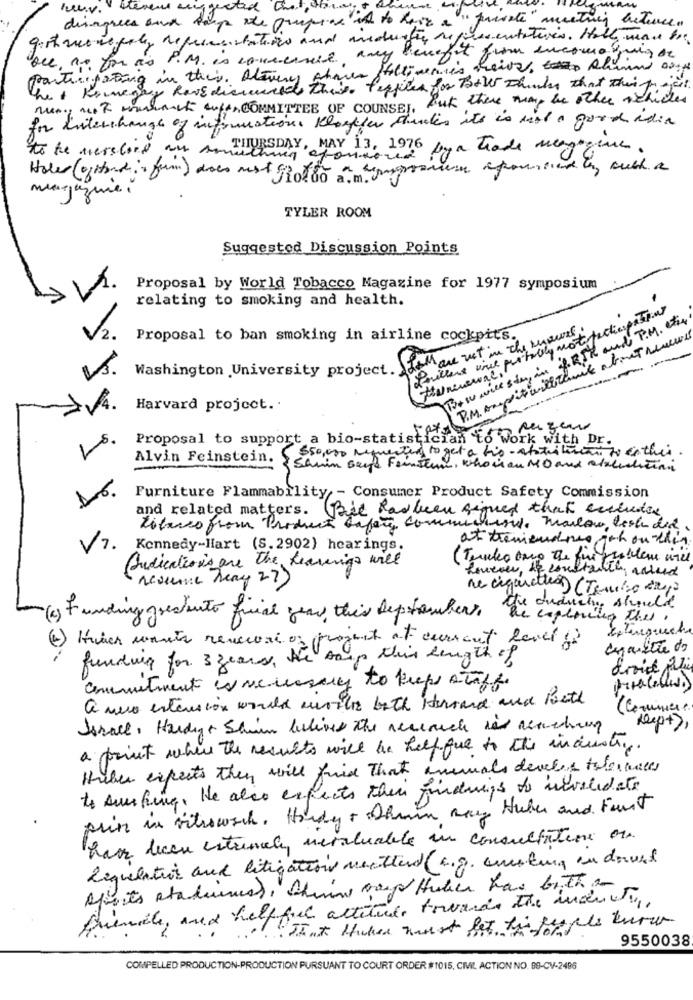
hun.v.
stevens suggested that
disagrees and tap the propias in to have a" private"meeting between
getmoregely refermentations and anderen representatives. Halte mau be
see, no for as P.M. is concerned any benefit
participating in their. Atevery chave ffeltiveres theive,aliand one
The + Keinegay Reve discussed these fezfiles for Both Phile that Theright
mung not muchach aufen COMMITTEE OF COUNSEL, But there may be other schicken
for hislerchange of informations Kloster chucks its to mat a good adia
to the verslord our something storia we by a code magazine
Holer (gitardis frm) does mest fjol do a.m.
magazine,
TYLER ROOM
Suggested Discussion Points
Proposal by World Tobacco Magazine for 1977 symposium
relating to smoking and health.
Paulles inde pustily not participatein
B+w wice sin, in f. RIK and P. M. the
are not in the myours .
2.
Proposal to ban smoking in airline cockpits.
P.M. Andit willitamit a boxet neneue
Vs.
Washington University project.)
IVA.
Harvard project ..
Proposal to support a bio-statisticiat
to work with Dr.
(350,000 requested to get a bis- atotritiri to enthes.
Alvin Feinstein.
Schuin seif Feinsten, whom au MO and alalishition
10
Furniture Flammability ,- Consumer Product Safety Commission
and related matters. Paid hasbeen signed that enciudad
Literes from Product Safety commichend. Marlow tech did.
V2.
Kennedy-Hart (S. 2902) hearings.
( Turecko ono the für publem ure
Predicatio is are the Learning will
Loveour, 10 constant
reserve May 27)
ne cigarettes (Tenho days
funding grestuto final year, this september .
Be exploring thes .
Hier wants renecori os project at current level !?
funding for 3 years, he say this length of
droid Bli
Commitment increasery to keeps staff.
a new extension would woihr both Herrand ared Path
( Conniere
Israce, Hardigt Shin belives the receauch his acceding
keep+>,
a point where the results will be helpful to the industry.
Haber expects they will find That animals deveces tolerances
to surfing, He also expects their findings to nivalidate
prin in vitrowach. Hardy & thmin max Huber and Funt
hass lecce estrenaly mevaluable in consultature or
lequelation and litigation meetter (e.g. creating in doved
sports stadiums), theing van Halen has both
effet attitude towards the money.
Aremale, and helft
9550038
COMPELLED PRODUCTION-PRODUCTION PURSUANT TO COURT ORDER #1015, CIVIL ACTION NO. 99-CV-2496